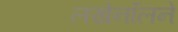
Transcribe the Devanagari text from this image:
लखेनॉलने